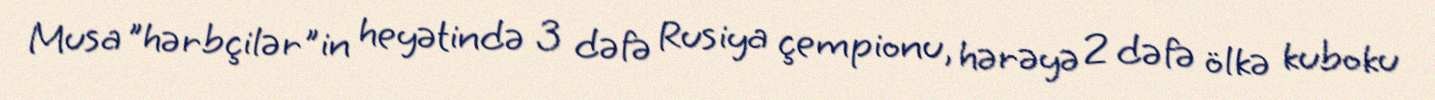
Musa "hərbçilər"in heyətində 3 dəfə Rusiya çempionu, hərəyə 2 dəfə ölkə kuboku